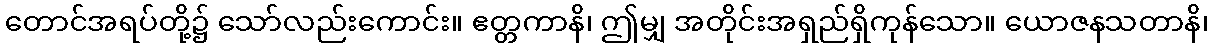
တောင်အရပ်တို့၌ သော်လည်းကောင်း။ ဧတ္တကာနိ၊ ဤမျှ အတိုင်းအရှည်ရှိကုန်သော။ ယောဇနသတာနိ၊